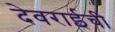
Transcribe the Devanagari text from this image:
देवराईची